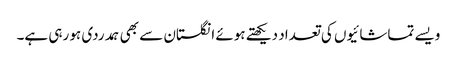
ویسے تماشائیوں کی تعداد دیکھتے ہوئے انگلستان سے بھی ہمدردی ہو رہی ہے۔